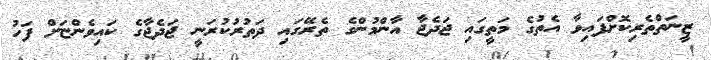
ޒީނަތްތެރިކޮށްފައިވާ އެތުގެ މަތީގައި ޖަދެޖާ އާންމުންގެ ތެރޭގައި ދަތުރުކުރަނީ ޖަދެޖާގެ ކައިވެންޏަށް ފަހު